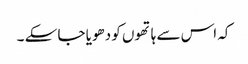
کہ اس سے ہاتھوں کو دھویا جا سکے ۔